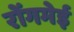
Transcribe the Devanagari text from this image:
रोंगमेई